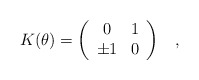
\begin{align*}K(\theta)=\left(\begin{array}{cc}0& 1\\\pm 1& 0\end{array}\right)\;\;\;,\end{align*}